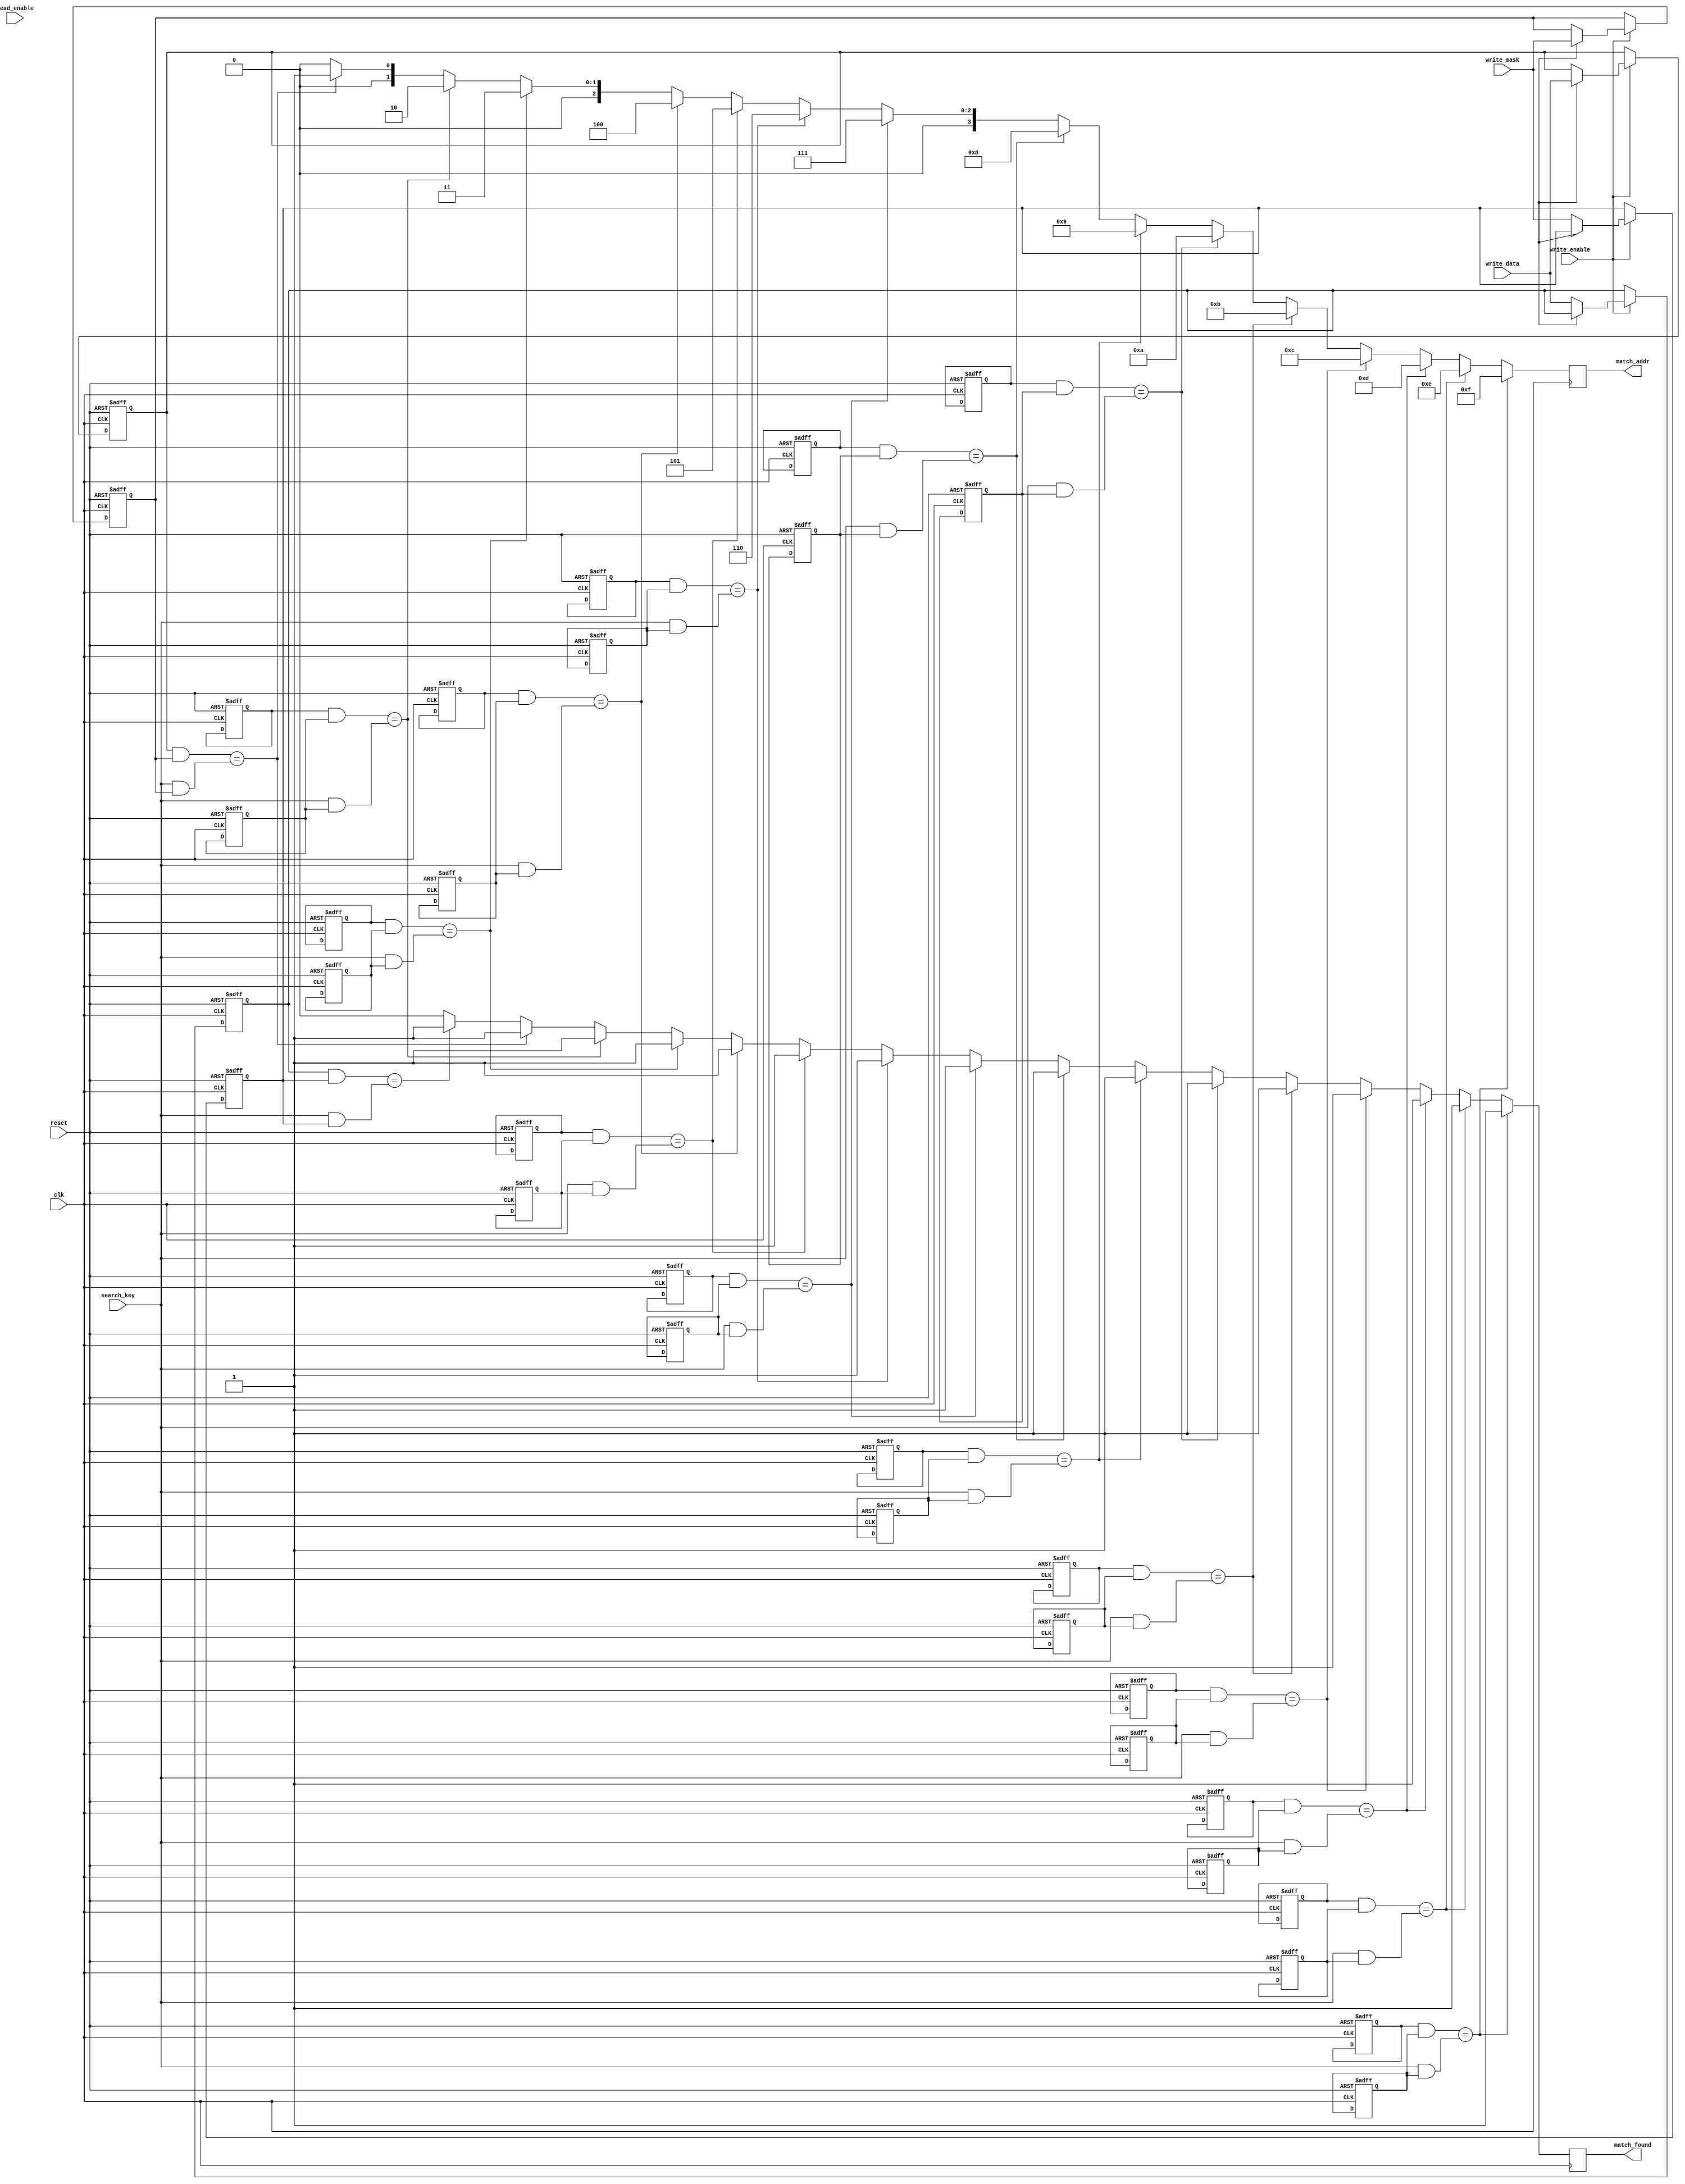
module tcam_io_block #(
    parameter ADDR_WIDTH = 4,  // Number of entries (2^ADDR_WIDTH)
    parameter DATA_WIDTH = 8    // Width of each ternary entry
)(
    input wire clk,                     // Clock signal
    input wire reset,                   // Reset signal
    input wire [DATA_WIDTH-1:0] search_key, // Search key input
    input wire [DATA_WIDTH-1:0] write_data, // Data to be written
    input wire [DATA_WIDTH-1:0] write_mask, // Mask to specify ternary values
    input wire write_enable,            // Write enable signal
    input wire read_enable,             // Read enable signal
    output reg [ADDR_WIDTH-1:0] match_addr, // Address of matching entry
    output reg match_found              // Match found flag
);

    // Memory array to store TCAM entries
    reg [DATA_WIDTH-1:0] tcam_memory [0:(1<<ADDR_WIDTH)-1];
    reg [DATA_WIDTH-1:0] tcam_mask [0:(1<<ADDR_WIDTH)-1]; // Masks for ternary comparison
    reg [ADDR_WIDTH-1:0] match_lines [0:(1<<ADDR_WIDTH)-1]; // Match line for each entry

    integer i;

    // Write Logic
    always @(posedge clk or posedge reset) begin
        if (reset) begin
            for (i = 0; i < (1 << ADDR_WIDTH); i = i + 1) begin
                tcam_memory[i] <= 0;
                tcam_mask[i] <= 0;
            end
        end else if (write_enable) begin
            // Write data to TCAM with corresponding mask
            tcam_memory[write_addr] <= write_data;
            tcam_mask[write_addr] <= write_mask;
        end
    end

    // Search Operation
    always @(posedge clk) begin
        match_found <= 0; // Clear match flag
        match_addr <= 0;  // Clear match address

        for (i = 0; i < (1 << ADDR_WIDTH); i = i + 1) begin
            // Check for match considering the mask
            if ((tcam_memory[i] & tcam_mask[i]) == (search_key & tcam_mask[i])) begin
                match_lines[i] <= 1;             // Mark this entry as a match
                match_found <= 1;                 // Indicate a match has been found
                match_addr <= i;                  // Store the matching address
            end else begin
                match_lines[i] <= 0;             // No match found for this entry
            end
        end
    end
    
    // Read Logic (Additional logic can be added for advanced read capabilities)
    // This logic can be customized to read specific entries or show all matched results

endmodule